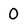
Character: 0